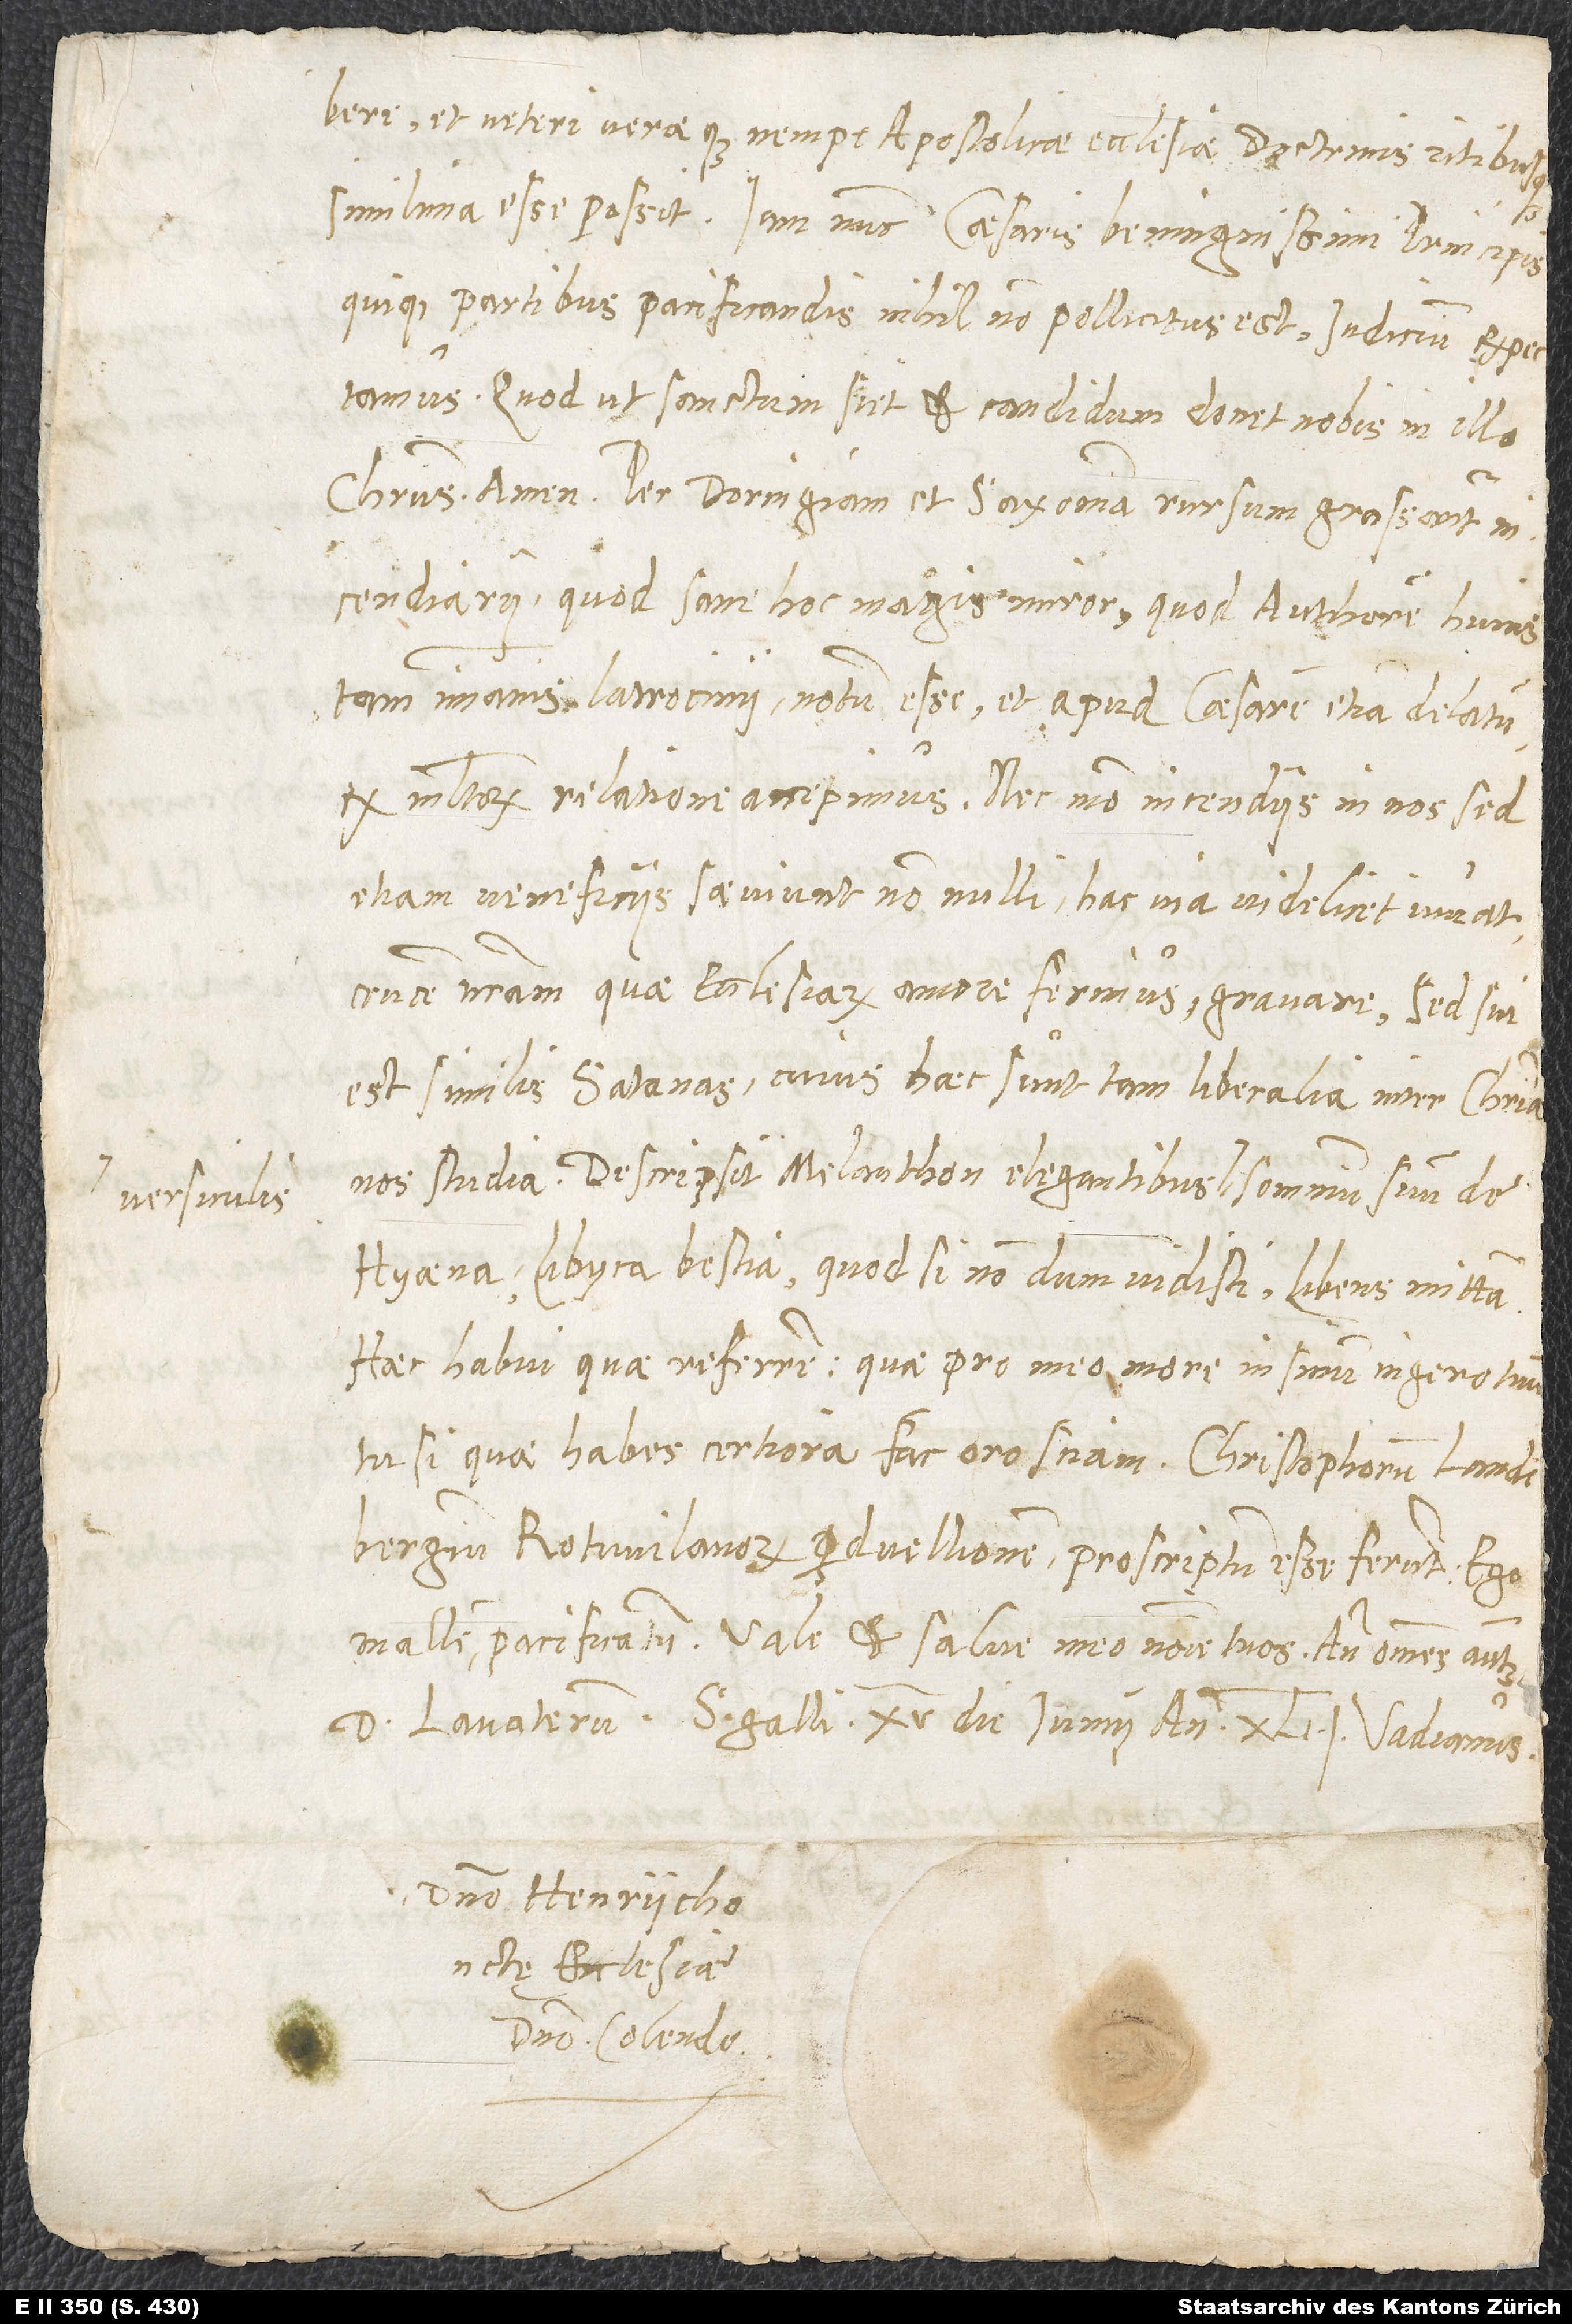
versiculis

et veteri veraeque, nempe apostolicae ecclesiae, doctrinis ritibusque
simillima esse possit. Iam nunc Caesaris, benignissimi principis
quique partibus pacificandis nihil non pollicitus est, iudicium expectamus.
Quod ut sanctum siet et candidum, donet nobis in illo
Christus. Amen. - Per Doringiam et Saxoniam rursum grassantur
incendiarii, quod sane hoc magis miror, quod auctorem huius
tam immanis latrocinii notum esse et apud Caesarem etiam delatum
ex multorum relatione accepimus. Nec modo incendiis in nos, sed
etiam veneficiis saeviunt nonnulli; hac via videlicet iuvat,
crucem nostram, quae ecclesiarum amore ferimus, gravare. Sed sui
est similis Satanas, cuius haec sunt tam liberalia inter Christianos
hyaena, Libyca bestia; quod si nondum vidisti, libens mittam.
Hc habui, quae referrem, quae pro meo more in sinum ingero tuum.
Tu si quae habes certiora, fac, oro, sciam. Christophorum Landenbergensem,
Rotwilanorum perduellionem, proscriptum esse ferunt; ego
mallem pacificatum. Vale et salve meo nomine tuos, ante omnes autem
domino Henrycho
domino colendo.